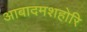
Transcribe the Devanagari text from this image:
आबादमशहोरि